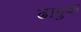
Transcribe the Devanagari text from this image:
ढापुक